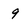
Character: 9